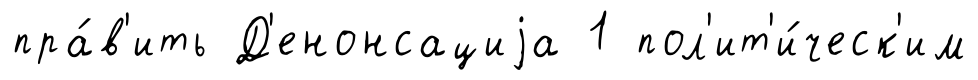
пра́в'ить Д'енонсациjа 1 пол'ит'и́ческ'им